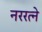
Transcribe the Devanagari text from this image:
नररत्ने